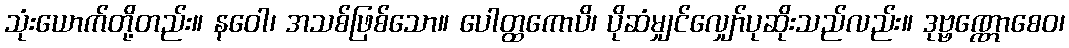
သုံးယောက်တို့တည်း။ နဝေါ၊ အသစ်ဖြစ်သော။ ပေါတ္ထကောပိ၊ ပိုဆံမျှင်လျှော်ပုဆိုးသည်လည်း။ ဒုဗ္ဗဏ္ဏောစေဝ၊